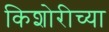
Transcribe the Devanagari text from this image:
किशोरीच्या